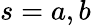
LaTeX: s=a,b